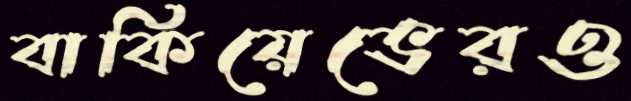
বাকিয়েভেরও